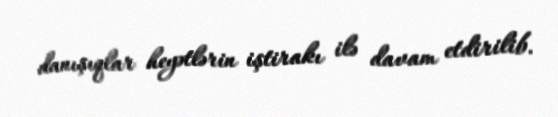
danışıqlar heyətlərin iştirakı ilə davam etdirilib.